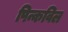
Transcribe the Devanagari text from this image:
पिन्कविल